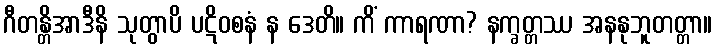
ဂီတန္တိအာဒီနိ သုတွာပိ ပဋိဝစနံ န ဒေတိ။ ကိံ ကာရဏာ? နက္ခတ္တဿ အနနုဘူတတ္တာ။